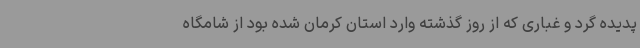
پدیده گرد و غباری که از روز گذشته وارد استان کرمان شده بود از شامگاه